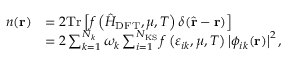
\begin{array} { r l } { n ( \mathbf { r } ) } & { = 2 \mathrm { T r } \left[ f \left( \hat { H } _ { \mathrm { D F T } } , \mu , T \right) \delta ( \hat { \mathbf { r } } - \mathbf { r } ) \right] } \\ & { = 2 \sum _ { k = 1 } ^ { N _ { k } } \omega _ { k } \sum _ { i = 1 } ^ { N _ { \mathrm { K S } } } f \left( \varepsilon _ { i k } , \mu , T \right) \left| \phi _ { i k } ( \mathbf { r } ) \right| ^ { 2 } , } \end{array}